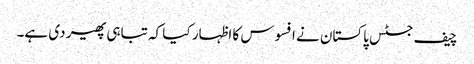
چیف جسٹس پاکستان نے افسوس کا اظہار کیا کہ تباہی پھیر دی ہے۔